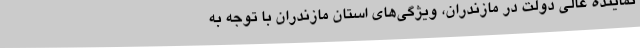
نماینده عالی دولت در مازندران، ویژگی‌های استان مازندران با توجه به